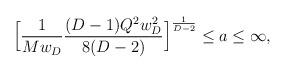
LaTeX: \begin{align*}\Big[{1\over Mw_D}{(D-1)Q^2w_D^2\over{8(D-2)}}\Big]^{1\over {D -2}} \le a \le\infty,\end{align*}